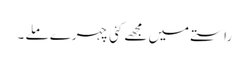
راستے میں مجھے کئی چہرے ملے ۔